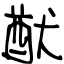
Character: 猷